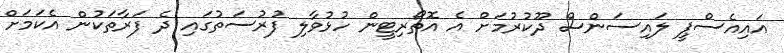
އައިއެސްޕީ ލައިސަންސް ދޫކުރުމަށް އެ އޮތޯރިޓީން ހުޅުވާލި ފުރުސަތުގައި ދެ ފަރާތަކުން އެކަމަށް